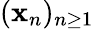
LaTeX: (\mathbf{x}_{n})_{n\geq1}